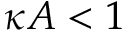
\kappa A < 1